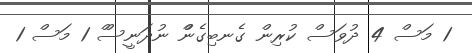
1 މަސް 4 ދުވަސް ކުރިން ގެނބިގެންް ނުދަނީސްް 1 މަސް 1